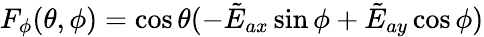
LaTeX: F_{\phi}(\theta,\phi)=\cos\theta(-\tilde{E}_{ax}\sin\phi+\tilde{E}_{ay}\cos\phi)